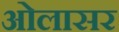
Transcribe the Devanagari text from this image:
ओलासर